Scottish Leaving Certificate Examination, 1957
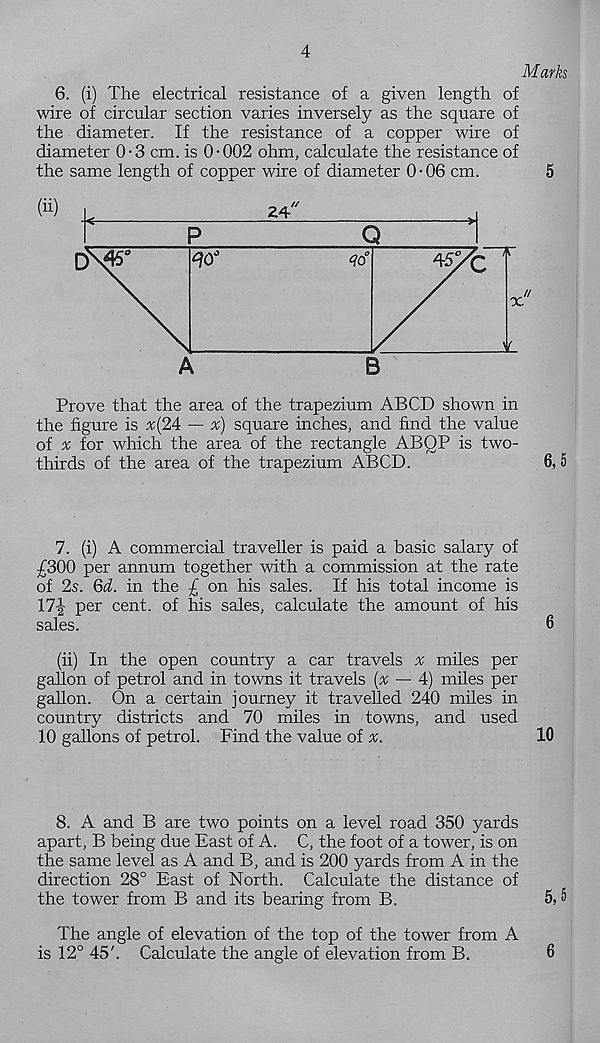
4
Marks
6. (i) The electrical resistance of a given length of
wire of circular section varies inversely as the square of
the diameter. If the resistance of a copper wire of
diameter 0-3 cm. is 0-002 ohm, calculate the resistance of
the same length of copper wire of diameter 0 • 06 cm.
5
Prove that the area of the trapezium ABCD shown in
the figure is %(24 — x) square inches, and find the value
of v for which the area of the rectangle ABQP is two-
thirds of the area of the trapezium ABCD.
6,5
7. (i) A commercial traveller is paid a basic salary of
£300 per annum together with a commission at the rate
of 2s. 6d. in the £ on his sales. If his total income is
17£ per cent, of his sales, calculate the amount of his
sales.
6
(ii) In the open country a car travels % miles per
gallon of petrol and in towns it travels (x — 4) miles per
gallon. On a certain journey it travelled 240 miles in
country districts and 70 miles in towns, and used
10 gallons of petrol. Find the value of x.
10
8. A and B are two points on a level road 350 yards
apart, B being due East of A. C, the foot of a tower, is on
the same level as A and B, and is 200 yards from A in the
direction 28° East of North. Calculate the distance of
the tower from B and its bearing from B.
5> 5
The angle of elevation of the top of the tower from A
is 12° 45'. Calculate the angle of elevation from B.
6